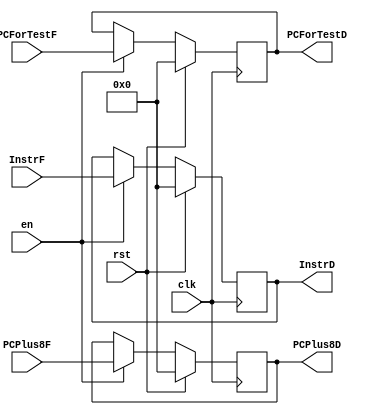
`timescale 1ns / 1ps
`default_nettype none 
module pipeRegD (
    input wire clk, rst, en,
    input wire [31:0] InstrF, PCPlus8F, PCForTestF,

    output reg [31:0] InstrD, PCPlus8D, PCForTestD
);
    always @(posedge clk) begin
        if (rst) begin
            InstrD <= 32'd0;
            PCPlus8D <= 32'd0;
            PCForTestD <= 32'd0;
        end else if (en) begin
            InstrD <= InstrF;
            PCPlus8D <= PCPlus8F;
            PCForTestD <= PCForTestF;
        end
    end
endmodule

module pipeRegE (
    input wire clk, rst,

    input wire [2:0] PCSrcD,
    input wire SignImmD,
    input wire [2:0] ByteEnControlD,
    input wire [2:0] MemDataControlD,
    input wire RegWriteD,
    input wire [2:0] RegDataSrcD,
    input wire [2:0]RegDstD,
    input wire [1:0] TuseD,
    input wire [1:0]TnewD,
    input wire [3:0] ALUControlD,
    input wire ALUSrcD,

    input wire [31:0] RD1D,
    input wire [31:0] PCPlus8D,
    input wire [31:0] RD2D,
    input wire [31:0] PCForTestD,
    input wire [31:0] Imm32D,
    input wire [4:0] Instr25_21D,
    input wire [4:0] Instr20_16D,
    input wire [4:0] Instr15_11D,


    output reg [2:0] PCSrcE,
    output reg SignImmE,
    output reg [2:0] ByteEnControlE,
    output reg [2:0] MemDataControlE,
    output reg RegWriteE,
    output reg [2:0] RegDataSrcE,
    output reg [2:0] RegDstE,
    output reg [1:0] TuseE,
    output reg [1:0] TnewE,
    output reg [3:0] ALUControlE,
    output reg ALUSrcE,

    output reg [31:0] RD1E,
    output reg [31:0] PCPlus8E,
    output reg [31:0] RD2E,
    output reg [31:0] PCForTestE,
    output reg [31:0] Imm32E,
    output reg [4:0] Instr25_21E,
    output reg [4:0] Instr20_16E,
    output reg [4:0] Instr15_11E
);
    always @(posedge clk) begin
        if (rst) begin
            PCSrcE <= 3'd0;
            SignImmE <= 1'd0;
            ByteEnControlE <= 3'd0;
            MemDataControlE <= 3'd0;
            RegWriteE <= 1'd0;
            RegDataSrcE <= 3'd0;
            RegDstE <= 3'd0;
            TuseE <= 2'd0; 
            TnewE <= 2'd0;
            ALUControlE <= 4'd0;
            ALUSrcE <= 1'd0;

            RD1E <= 32'd0;
            PCPlus8E <= 32'd0;
            RD2E <= 32'd0;
            PCForTestE <= 32'd0;
            Imm32E <= 32'd0;
            Instr25_21E <= 5'd0;
            Instr20_16E <= 5'd0;
            Instr15_11E <= 5'd0;
        end else begin
            PCSrcE <= PCSrcD;
            SignImmE <= SignImmD;
            ByteEnControlE <= ByteEnControlD;
            MemDataControlE <= MemDataControlD;
            RegWriteE <= RegWriteD;
            RegDataSrcE <= RegDataSrcD;
            RegDstE <= RegDstD;
            TuseE <= TuseD; 
            TnewE <= (TnewD == 2'd0) ? 2'd0 : (TnewD - 2'd1); 
            ALUControlE <= ALUControlD;
            ALUSrcE <= ALUSrcD;

            RD1E <= RD1D; 
            PCPlus8E <= PCPlus8D; 
            RD2E <= RD2D; 
            PCForTestE <= PCForTestD; 
            Imm32E <= Imm32D;
            Instr25_21E <= Instr25_21D;
            Instr20_16E <= Instr20_16D;
            Instr15_11E <= Instr15_11D;
        end
    end
endmodule

module pipeRegM (
    input wire clk, rst,
    
    input wire [2:0] PCSrcE,
    input wire SignImmE,
    input wire [2:0] ByteEnControlE,
    input wire [2:0] MemDataControlE,
    input wire RegWriteE,
    input wire [2:0] RegDataSrcE,
    input wire [2:0] RegDstE,
    input wire [1:0] TuseE,
    input wire [1:0] TnewE,
    input wire [3:0] ALUControlE,
    input wire ALUSrcE,

    input wire [31:0] ALUResultE,
    input wire [31:0] PCPlus8E,
    input wire [31:0] PCForTestE,
    input wire [31:0] RD2ForwardResultE,
    input wire [4:0] WriteRegE,


    output reg [2:0] PCSrcM,
    output reg SignImmM,
    output reg [2:0] ByteEnControlM,
    output reg [2:0] MemDataControlM,
    output reg RegWriteM,
    output reg [2:0] RegDataSrcM,
    output reg [2:0] RegDstM,
    output reg [1:0] TuseM,
    output reg [1:0] TnewM,
    output reg [3:0] ALUControlM,
    output reg ALUSrcM,

    output reg [31:0] ALUResultM,
    output reg [31:0] PCPlus8M,
    output reg [31:0] PCForTestM,
    output reg [31:0] RD2ForwardResultM,
    output reg [4:0] WriteRegM
);
    always @(posedge clk) begin
        if (rst) begin
            PCSrcM <= 3'd0;
            SignImmM <= 1'd0;
            ByteEnControlM <= 3'd0;
            MemDataControlM <= 3'd0;
            RegWriteM <= 1'd0;
            RegDataSrcM <= 3'd0;
            RegDstM <= 3'd0;
            TuseM <= 2'd0; 
            TnewM <= 2'd0;
            ALUControlM <= 4'd0;
            ALUSrcM <= 1'd0;


            ALUResultM <= 32'd0;
            PCPlus8M <= 32'd0;
            PCForTestM <= 32'd0;
            WriteRegM <= 5'd0;
            RD2ForwardResultM <= 32'd0;
        end else begin
            PCSrcM <= PCSrcE;
            SignImmM <= SignImmE;
            ByteEnControlM <= ByteEnControlE;
            MemDataControlM <= MemDataControlE;
            RegWriteM <= RegWriteE;
            RegDataSrcM <= RegDataSrcE;
            RegDstM <= RegDstE;
            TuseM <= TuseE; 
            TnewM <= (TnewE == 2'd0) ? 2'd0 : (TnewE - 2'd1); 
            ALUControlM <= ALUControlE;
            ALUSrcM <= ALUSrcE;

            ALUResultM <= ALUResultE;
            PCPlus8M <= PCPlus8E;
            PCForTestM <= PCForTestE;
            WriteRegM <= WriteRegE;
            RD2ForwardResultM <= RD2ForwardResultE;
        end
    end    
endmodule

module pipeRegW (
    input wire clk, rst,
    input wire [2:0] RegDataSrcM,
    input wire RegWriteM,
    input wire [1:0] TnewM,
    input wire [31:0] ALUResultM,
    input wire [31:0] MemoryDataM,
    input wire [31:0] PCPlus8M,
    input wire [4:0] WriteRegM,
    input wire [31:0] PCForTestM,

    output reg [2:0] RegDataSrcW,
    output reg RegWriteW,
    output reg [1:0] TnewW,
    output reg [31:0] ALUResultW,
    output reg [31:0] MemoryDataW,
    output reg [31:0] PCPlus8W,
    output reg [4:0] WriteRegW,
    output reg [31:0] PCForTestW
);
    always @(posedge clk) begin
        if (rst) begin
            RegDataSrcW <= 3'd0;
            RegWriteW <= 1'd0;
            TnewW <= 2'd0;
            ALUResultW <= 32'd0;
            MemoryDataW <= 32'd0;
            PCPlus8W <= 32'd0;
            WriteRegW <= 5'd0;
            PCForTestW <= 32'd0;
        end else begin
            RegDataSrcW <= RegDataSrcM;
            RegWriteW <= RegWriteM;
            TnewW <= (TnewM == 2'd0) ? 2'd0 : (TnewM - 2'd1) ;
            ALUResultW <= ALUResultM;
            MemoryDataW <= MemoryDataM;
            PCPlus8W <= PCPlus8M;
            WriteRegW <= WriteRegM;
            PCForTestW <= PCForTestM;
        end
    end
endmodule